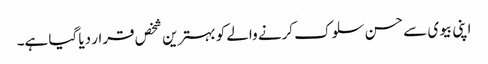
اپنی بیوی سے حسن سلوک کرنے والے کو بہترین شخص قرار دیا گیا ہے۔